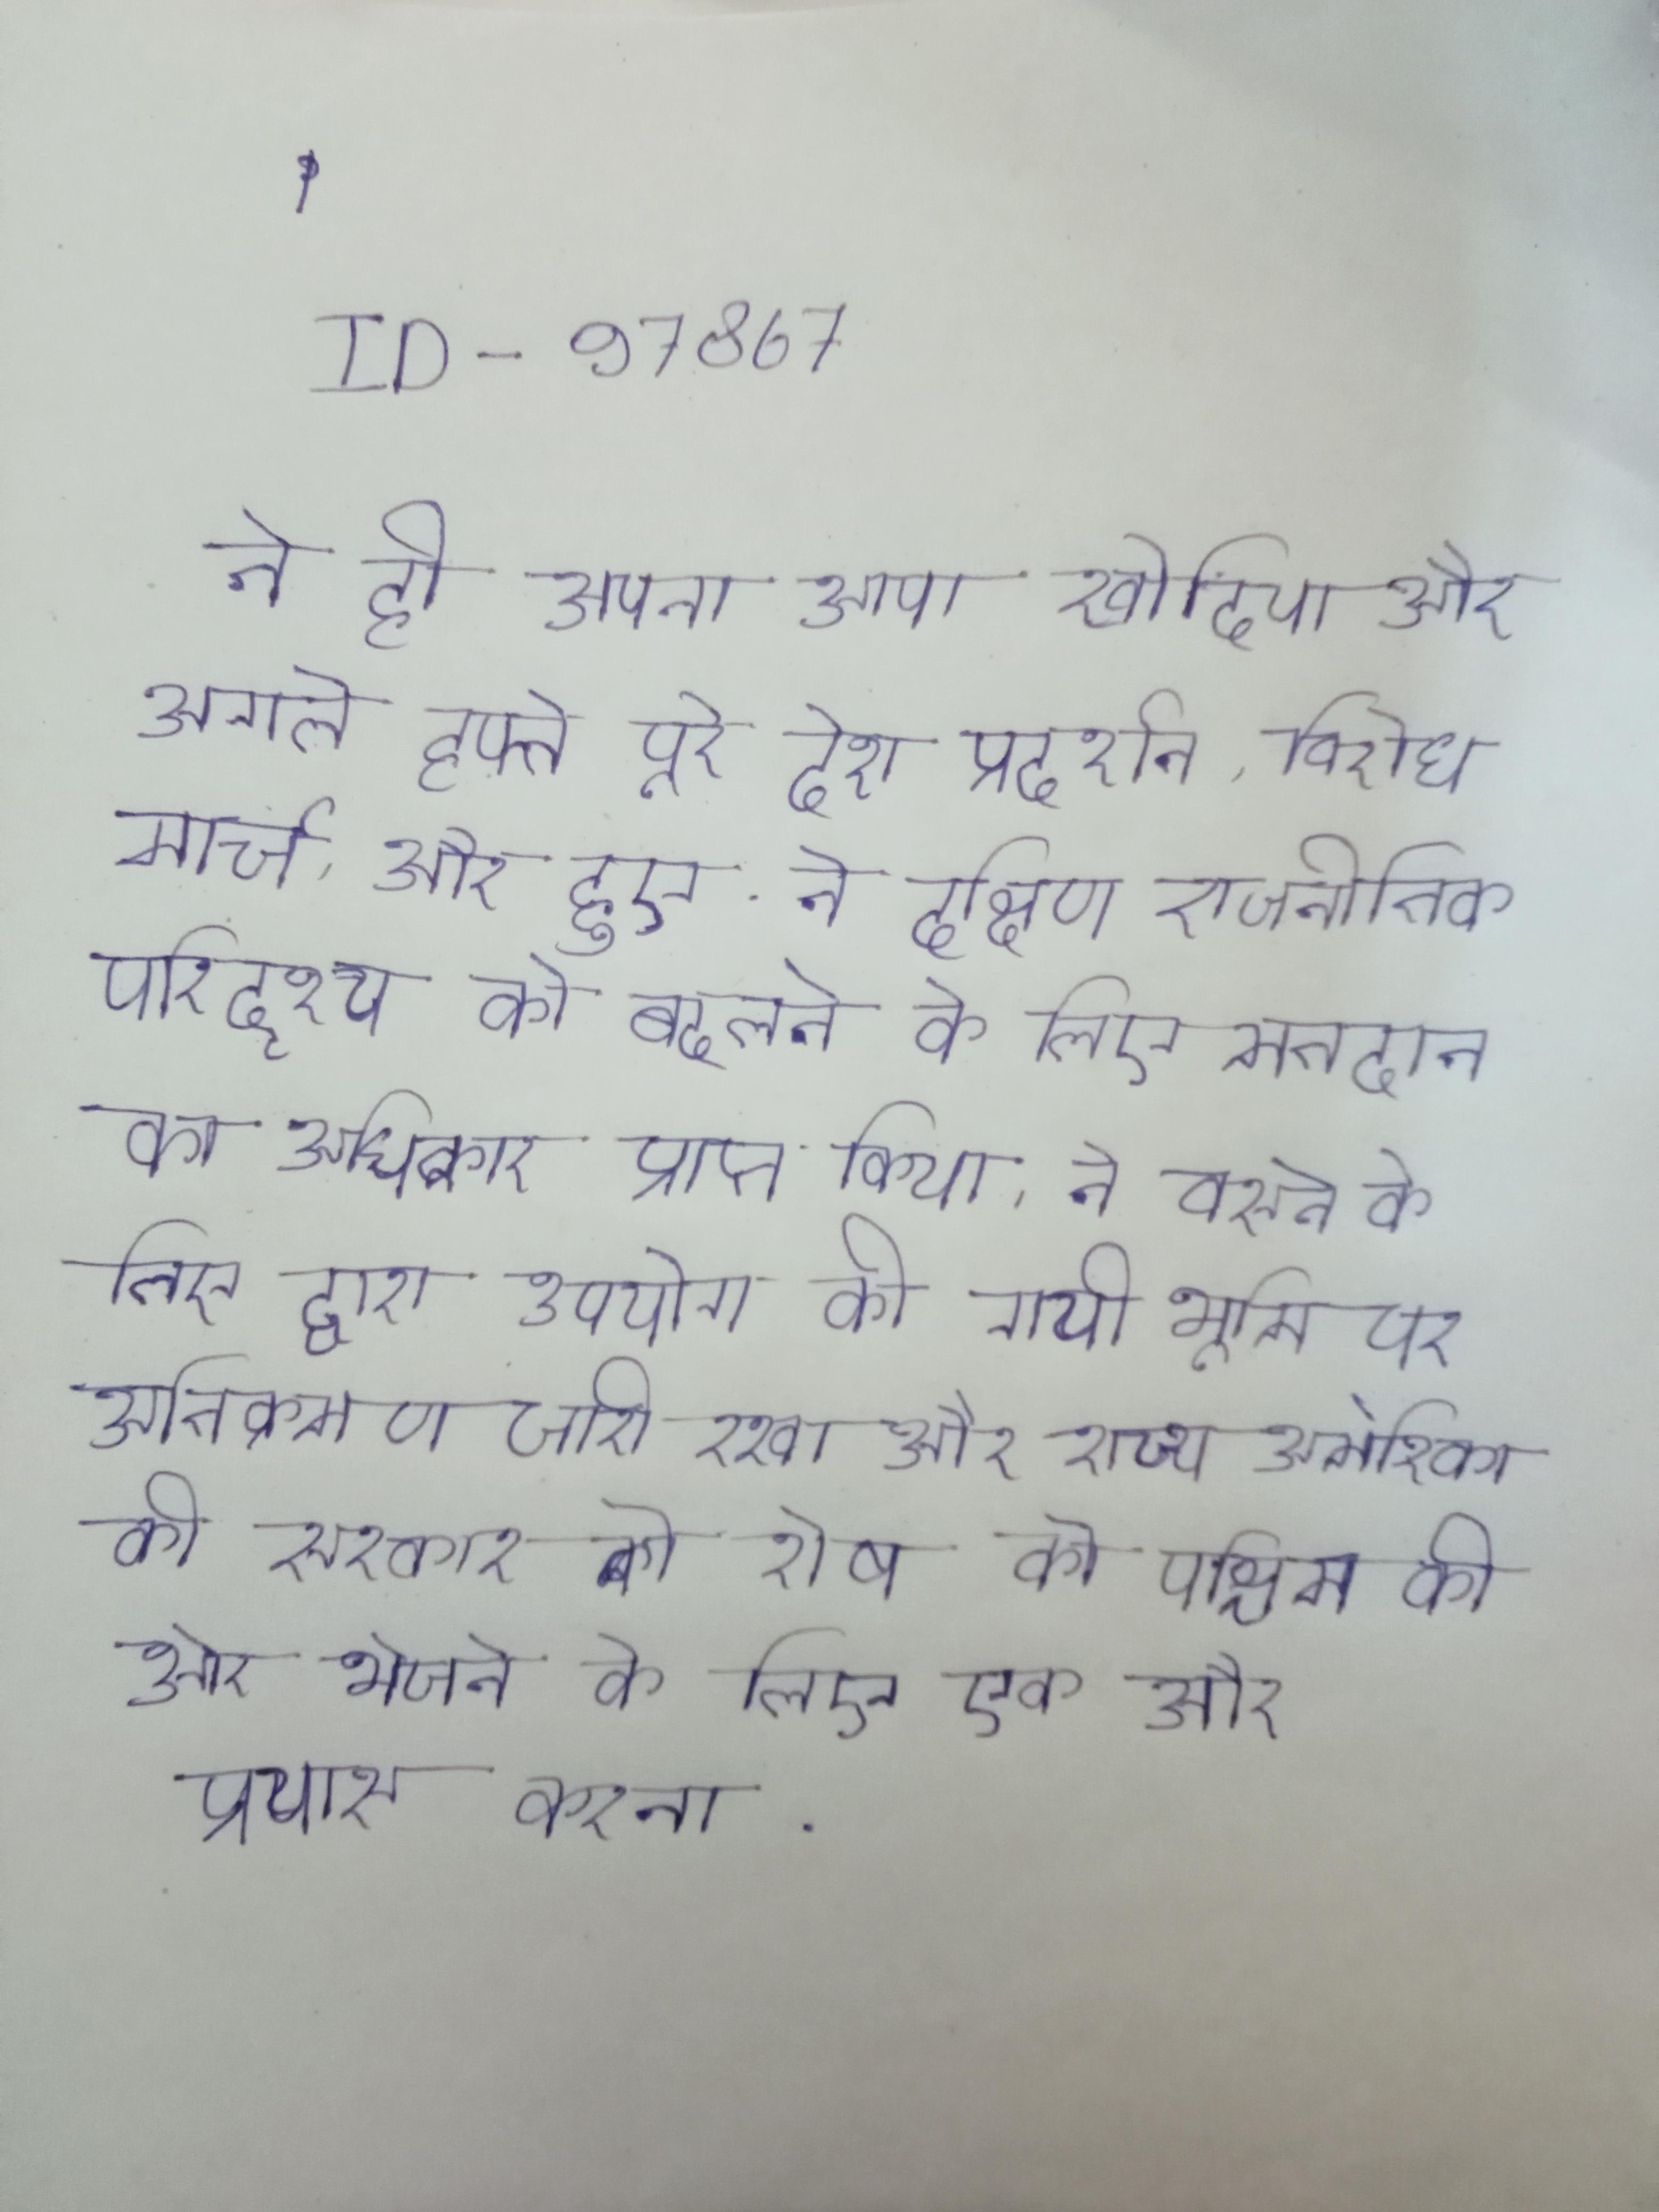
ने ही अपना आपा खो दिया और अगले हफ्ते पूरे देश प्रदर्शन, विरोध मार्च, और हुए . ने दक्षिण राजनीतिक परिदृश्य को बदलने के लिए मतदान का अधिकार प्राप्त किया । ने बसने के लिए द्वारा उपयोग की गयी भूमि पर अतिक्रमण जारी रखा और राज्य अमेरिका की सरकार को शेष को पश्चिम की ओर भेजने के लिए एक और प्रयास करना .